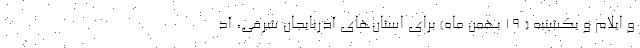
و ایلام و یکشنبه ( ۱۹ بهمن ماه) برای استان‌های آذربایجان شرقی، آذ